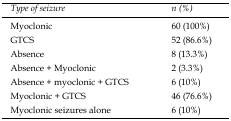
<table><thead><tr><td><b><i>Type of seizure</i></b></td><td><b><i>n (%)</i></b></td></tr></thead><tbody><tr><td>Myoclonic</td><td>60 (100%)</td></tr><tr><td>GTCS</td><td>52 (86.6%)</td></tr><tr><td>Absence</td><td>8 (13.3%)</td></tr><tr><td>Absence + Myoclonic</td><td>2 (3.3%)</td></tr><tr><td>Absence + myoclonic + GTCS</td><td>6 (10%)</td></tr><tr><td>Myoclonic + GTCS</td><td>46 (76.6%)</td></tr><tr><td>Myoclonic seizures alone</td><td>6 (10%)</td></tr></tbody></table>